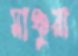
মাঞ্চুরা